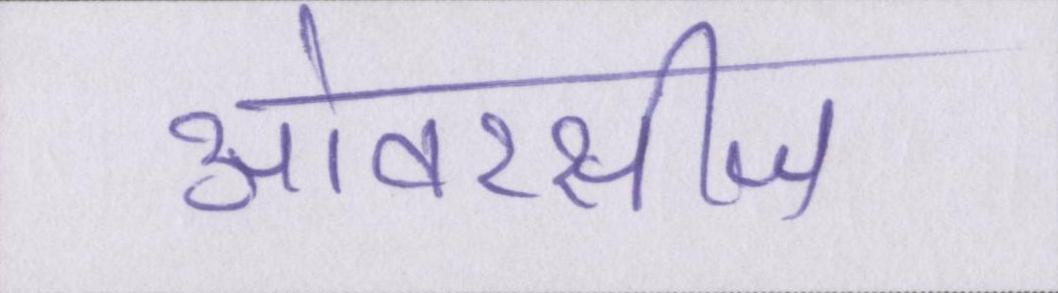
ओवरसीज